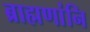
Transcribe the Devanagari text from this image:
ब्राह्मणांनि